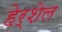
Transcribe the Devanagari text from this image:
हेर्शेल